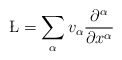
\begin{align*}\L=\sum_{\alpha} v_\alpha \frac{\partial^\alpha}{\partial x^\alpha}\end{align*}